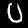
Label: 0